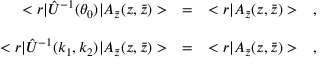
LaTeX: \begin{array} { r c l } { { < r | \hat { U } ^ { - 1 } ( \theta _ { 0 } ) | A _ { \bar { z } } ( z , \bar { z } ) > } } & { { = } } & { { < r | A _ { \bar { z } } ( z , \bar { z } ) > \ \ \ , } } \\ { { } } & { { } } & { { } } \\ { { < r | \hat { U } ^ { - 1 } ( k _ { 1 } , k _ { 2 } ) | A _ { \bar { z } } ( z , \bar { z } ) > } } & { { = } } & { { < r | A _ { \bar { z } } ( z , \bar { z } ) > \ \ \ , } } \end{array}